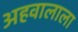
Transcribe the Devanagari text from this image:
अहवालाला